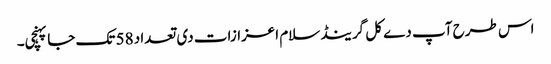
اس طرح آپ دے کل گرینڈ سلام اعزازات د‏‏ی تعداد 58 تک جا پہنچی۔